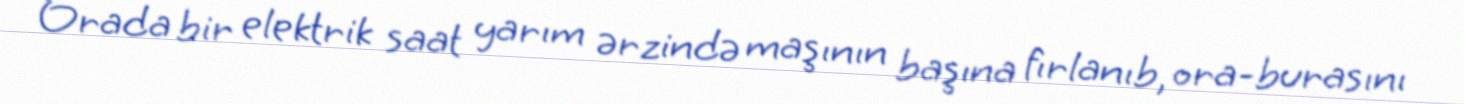
Orada bir elektrik saat yarım ərzində maşının başına fırlanıb, ora-burasını